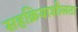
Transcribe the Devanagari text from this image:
सहक्रियाशीलता